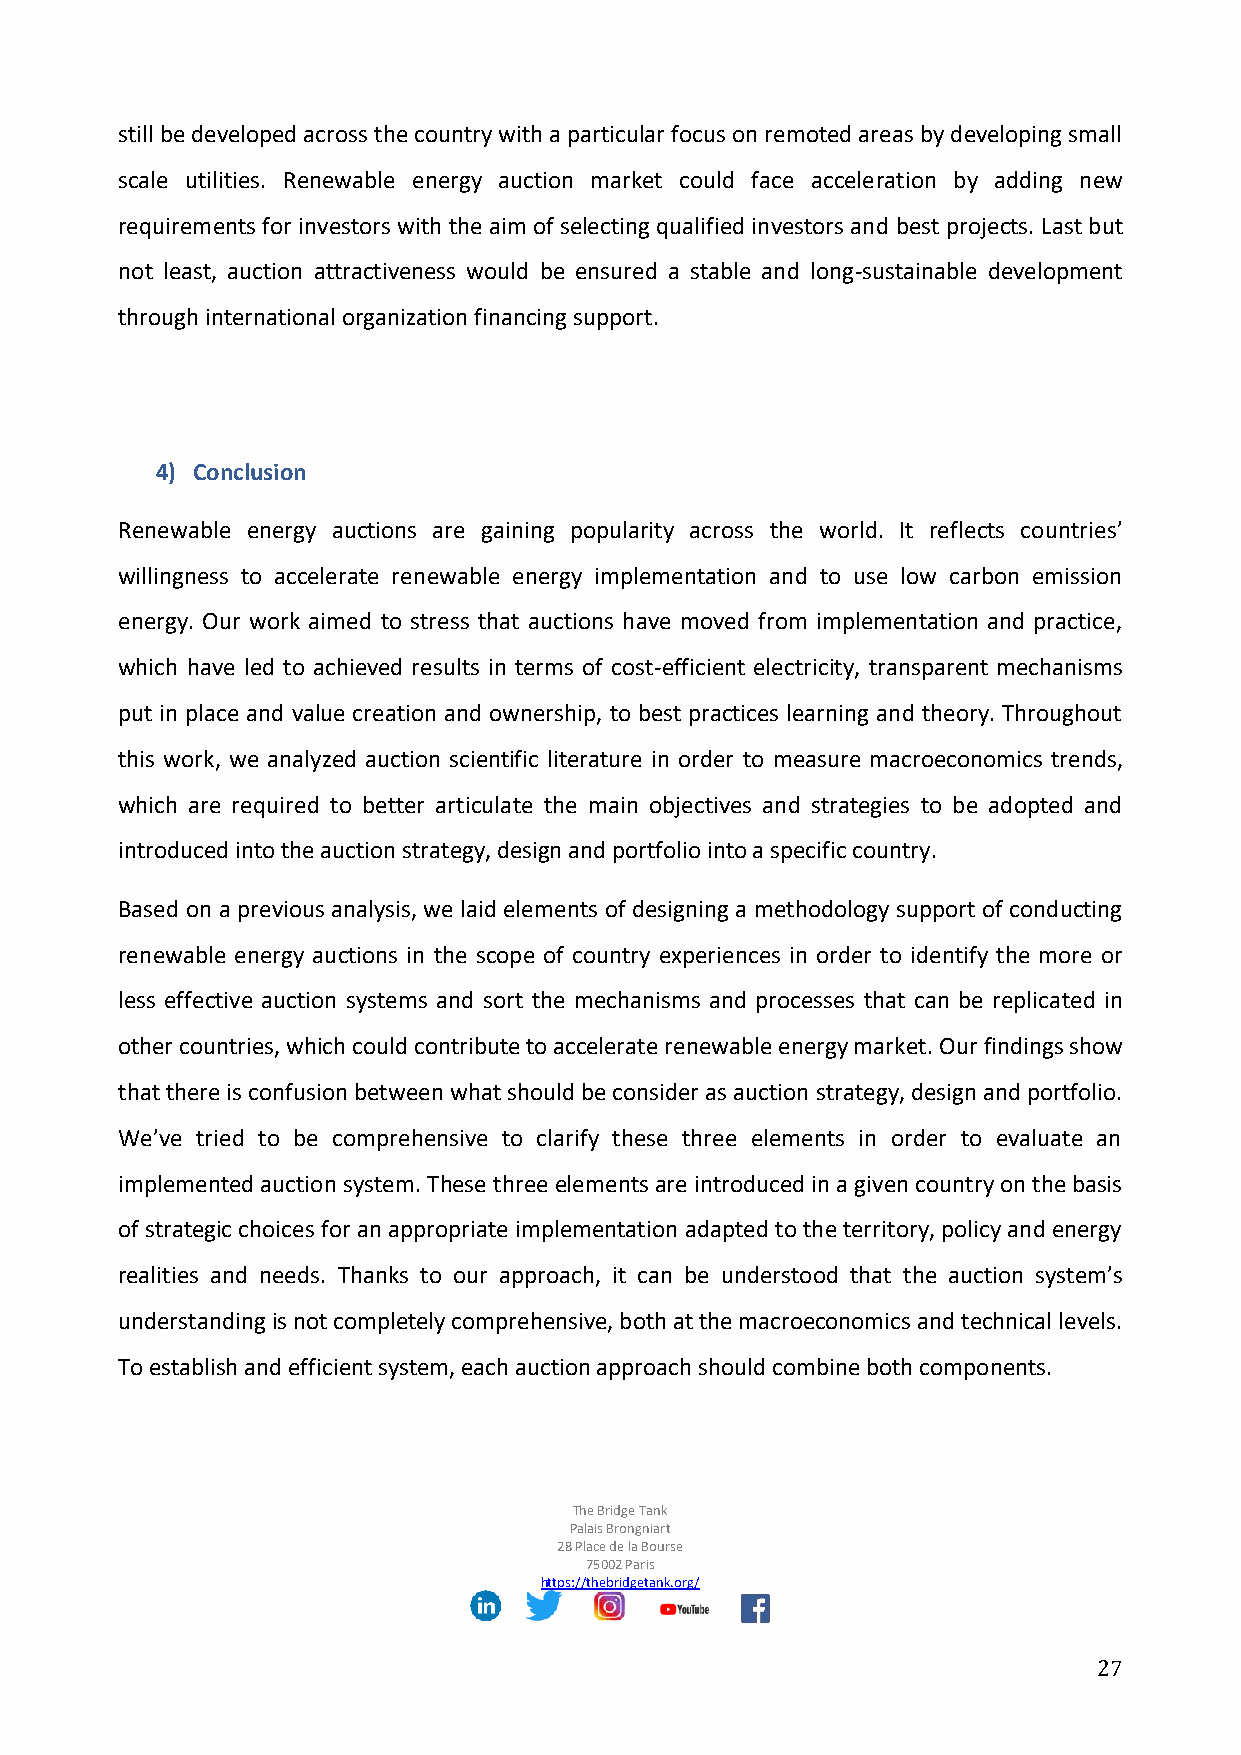
still be developed across the country with a particular focus on remoted areas by developing small
 scale utilities. Renewable energy auction market could face acceleration by adding new
 requirements for investors with the aim of selecting qualified investors and best projects. Last but
 not least, auction attractiveness would be ensured a stable and long-sustainable development
 through international organization financing support.
 4) Conclusion
 Renewable energy auctions are gaining popularity across the world. It reflects countries’
 willingness to accelerate renewable energy implementation and to use low carbon emission
 energy. Our work aimed to stress that auctions have moved from implementation and practice,
 which have led to achieved results in terms of cost-efficient electricity, transparent mechanisms
 put in place and value creation and ownership, to best practices learning and theory. Throughout
 this work, we analyzed auction scientific literature in order to measure macroeconomics trends,
 which are required to better articulate the main objectives and strategies to be adopted and
 introduced into the auction strategy, design and portfolio into a specific country.
 Based on a previous analysis, we laid elements of designing a methodology support of conducting
 renewable energy auctions in the scope of country experiences in order to identify the more or
 less effective auction systems and sort the mechanisms and processes that can be replicated in
 other countries, which could contribute to accelerate renewable energy market. Our findings show
 that there is confusion between what should be consider as auction strategy, design and portfolio.
 We’ve tried to be comprehensive to clarify these three elements in order to evaluate an
 implemented auction system. These three elements are introduced in a given country on the basis
 of strategic choices for an appropriate implementation adapted to the territory, policy and energy
 realities and needs. Thanks to our approach, it can be understood that the auction system’s
 understanding is not completely comprehensive, both at the macroeconomics and technical levels.
 To establish and efficient system, each auction approach should combine both components.
 The Bridge Tank
 Palais Brongniart
 28 Place de la Bourse
 75002 Paris
 https://thebridgetank.org/
 27